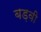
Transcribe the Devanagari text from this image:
बड़वी